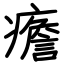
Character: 癚